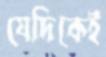
যেদিকেই